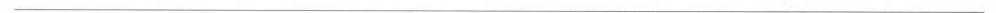
___